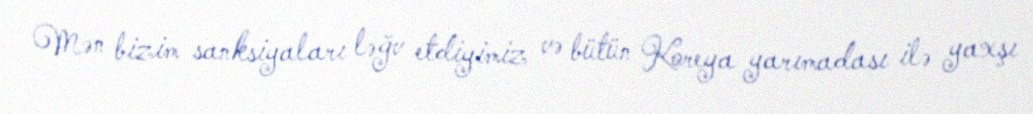
Mən bizim sanksiyaları ləğv etdiyimiz və bütün Koreya yarımadası ilə yaxşı